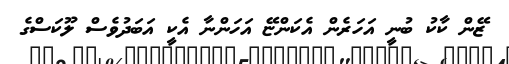
ޒޭން ކާކު ބުނީ އަހަރެން އެކަންޏޭ އަހަންނާ އެކީ އަބަދުވެސް ލޫކަސްގެ